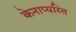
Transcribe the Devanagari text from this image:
केनाप्यस्ति